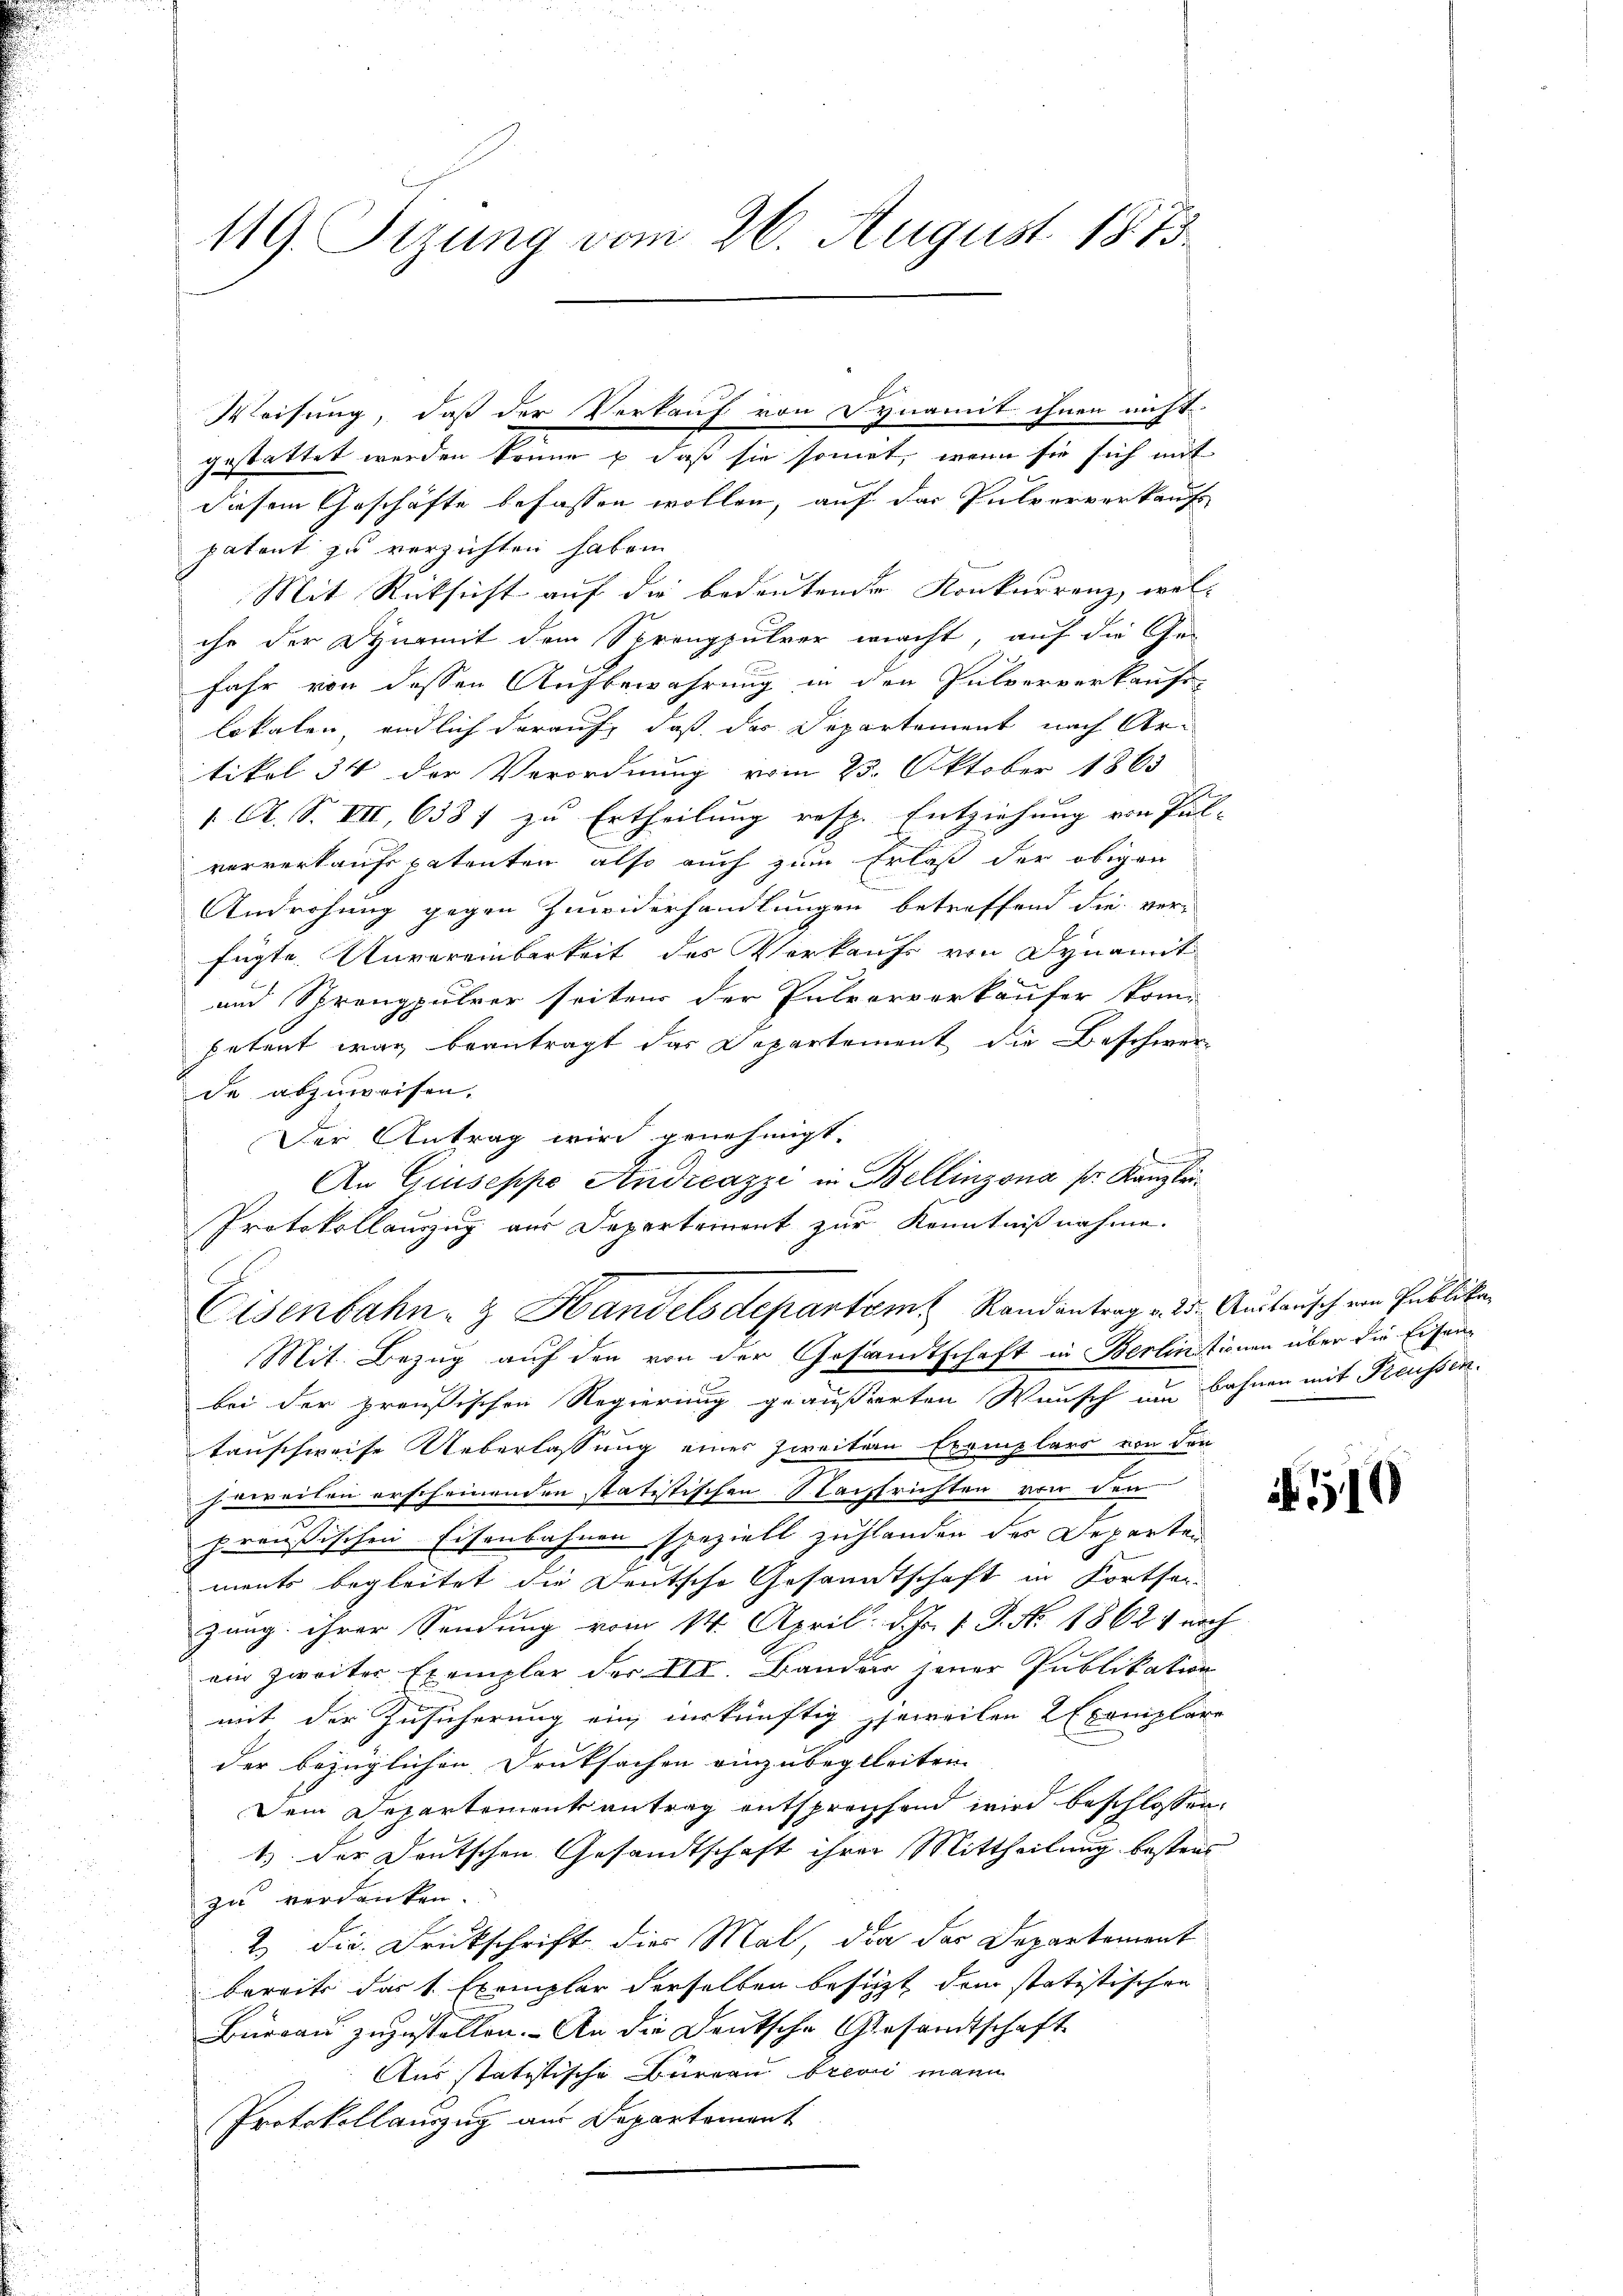
119. Sizung vom 26. August 1873.

diesem Geschäfte befassen wollen, auf das Pulververkaufs
patent zu verzichten haben.
Mit Rücksicht auf die bedeutende Konkurrenz, wel-
ihr der Dynamit dem Sprengpulver macht, auf die Ge-
Jahr von dessen Aufbewahrung in den Pulververkaufs-
lokalen, endlich darauf, daß das Departement nach Artikel 34 der Verordnung vom 25. Oktober 1865
1. A. S. VII, 6387 zu Ertheilung resp. Entziehung von Pul-
ververkauft patenten, also auch zum Erlaß der obigen
Androhung gegen Zuwiderhandlungen betreffend die verfügte Unvereinbarkeit des Verkaufs von Dynamit
und Sprengpulver seiten der Patrorverkäufer kom-
petent war beantragt das Departement die Beschwer-
de abzuweisen.
Der Antrag wird genehmigt.
.
An Giuseppe Andreazzi in Bellinzona s. Kanzlei¬
Protokollauszug aus Departement zur Kenntnißnahme.
Eisenbahn- & Handelsdepartem Randantrag v. 25. Austausch von Publicke
Mit. Bezug auf den von der Gesandtschaft in Berlinitionen über die Eisenbei der preußischen Regierung geäußerten Wunsch um Bahnen mit Preussen.
tauschweise Ueberlassung eines Zweiten Exemplars von den
jeweilen erscheinenden statistischen Nachfrichten von den
preußischen Eisenbahnen speziell zustanden des Departen
ments begleitet die Deutsche Gesandtschaft in Kortheizung ihrer Sendung vom 14. April d. Js. v. J. No. 1862 noch
ein zweiter Exemplar der XII. Bander jener Publikation
mit der Zusicherung ein unkünftig jeweilen 2 Exemplare
der bezüglichen Druksachen einzubegleiten
Dem Departementsantrag entsprechend wird beschlossen:
1) der Deutschen Gesandtschaft ihrer Mittheilung bestraf
zu verdanken.
2 die Druckschrift dies Mal, da das Departement
bereite das 1 Exemplar derselben besicht dem statistischen
Bueran zuzustellen. An die Deutsche Gesandtschaft
Aus tatistische Bürgen brevi mann
Protokollauszug aus Departement

Weisung, daß der Verkauf von Synamit ihnen nicht
z
gestattet werden könne & daß sie somit, wenn sie sich mit

510